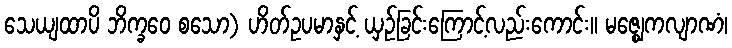
သေယျထာပိ ဘိက္ခဝေ စသော) ဟိတ်ဥပမာနှင့် ယှဉ်ခြင်းကြောင့်လည်းကောင်း။ မဇ္ဈေကလျာဏံ၊